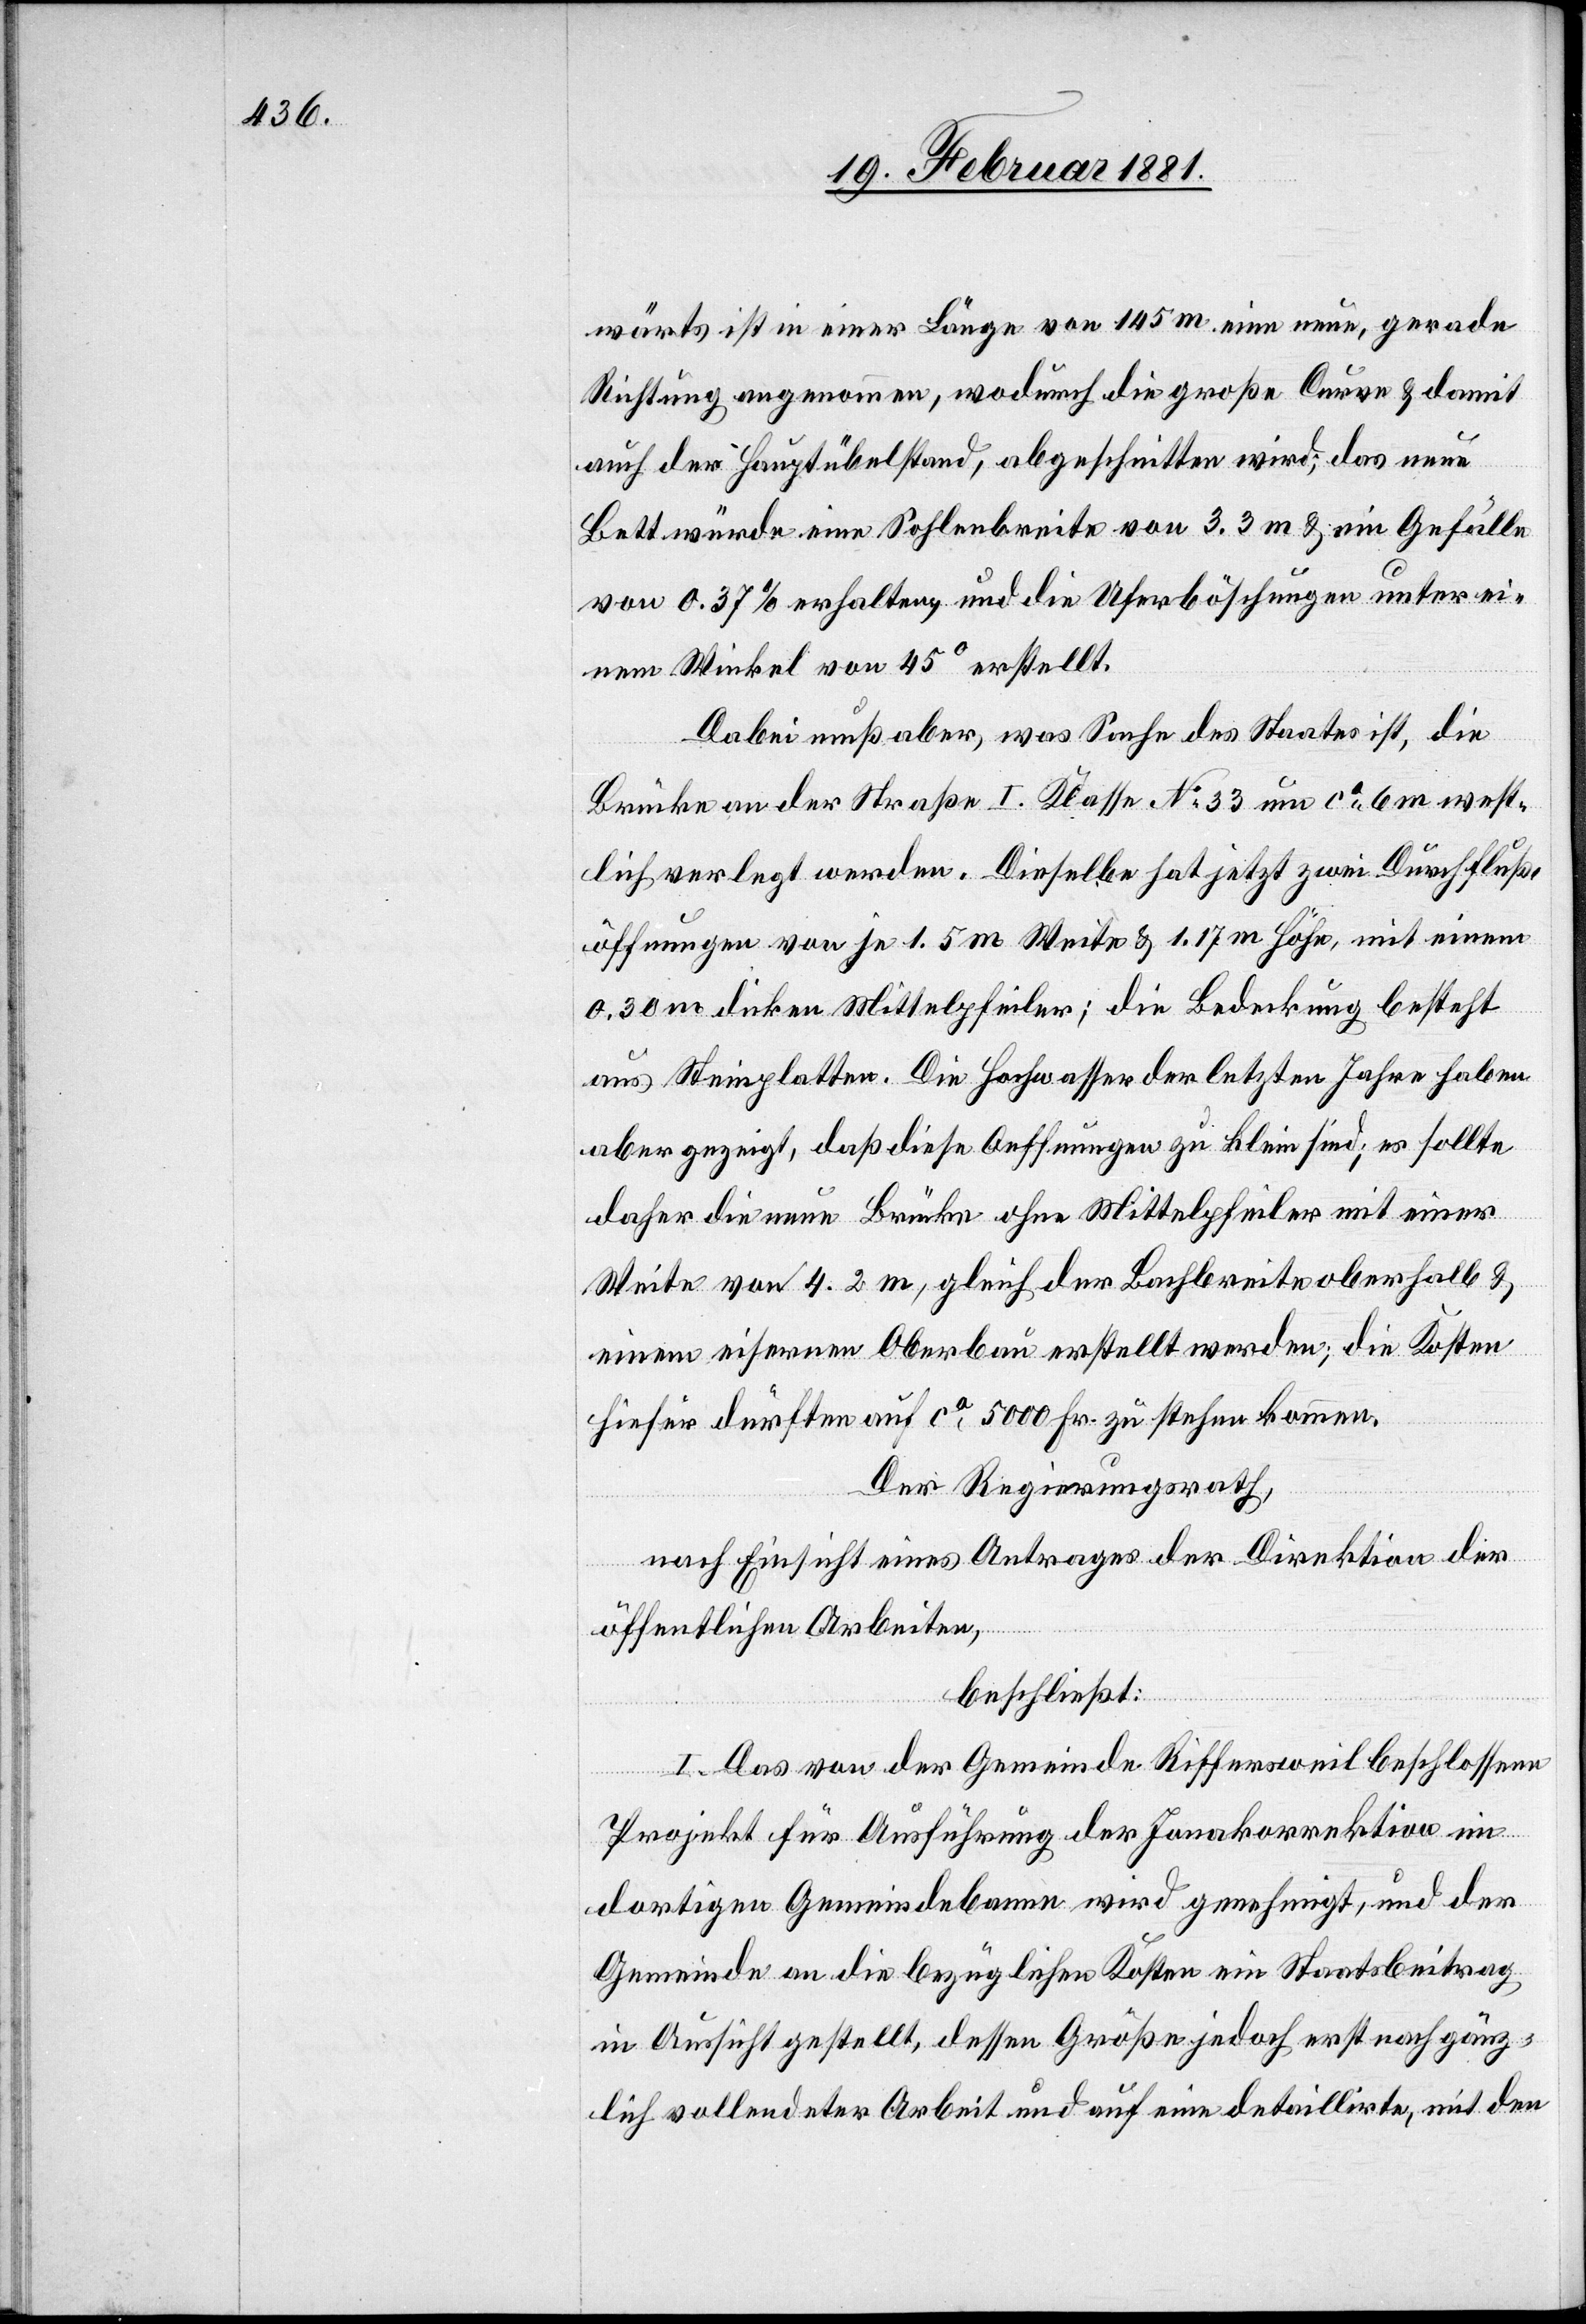
wärts ist in einer Länge von 145 m eine neue, gerade
Richtung angenommen, wodurch die große Curve & damit
auch der Hauptübelstand, abgeschnitten wird; das neue
Bett würde eine Sohlenbreite von 3.3 m & ein Gefälle
von 0.37% erhalten, und die Uferböschungen unter ei¬
nem Winkel von 45° erstellt.
Dabei muß aber, was Sache des Staates ist, die
Brücke an der Straße I. Klasse No 33 um ca 0.6 m west¬
lich verlegt werden. Dieselbe hat jetzt zwei Durchfluß¬
öffnungen von je 1.5 m Weite & 1.17 m Höhe mit einem
0.30 m dicken Mittelpfeiler; die Bedeckung besteht
aus Steinplatten. Die Hochwasser der letzten Jahre haben
aber gezeigt, daß diese Oeffnungen zu klein sind; es sollte
daher die neue Brücke ohne Mittelpfeiler mit einer
Weite von 4.2 m, gleich der Bachbreite oberhalb &
einem eisernen Oberbau erstellt werden; die Kosten
hiefür dürften auf ca 5000 Fr. zu stehen kommen.
Der Regierungsrath,
nach Einsicht eines Antrages der Direktion der
öffentlichen Arbeiten,
beschließt:
I. Das von der Gemeinde Riffersweil beschlossene
Projekt für Ausführung der Jonakorrektion im
dortigen Gemeindebanne wird genehmigt, und der
Gemeinde an die bezüglichen Kosten ein Staatsbeitrag
in Aussicht gestellt, dessen Größe jedoch erst nach gänz¬
lich vollendeter Arbeit und auf eine detaillirte, mit den